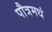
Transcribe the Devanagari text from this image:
पौत्रमधं